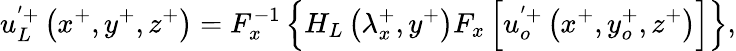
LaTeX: u_{L}^{'+}\left(x^{+},y^{+},z^{+}\right)=F_{x}^{-1}\left\{ H_{L}\left(\lambda_{x}^{+},y^{+}\right)F_{x}\left[u_{o}^{'+}\left(x^{+},y_{o}^{+},z^{+}\right)\right]\right\} ,